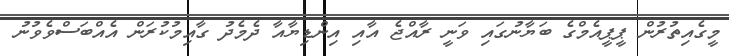
މީގެއިތުރުން ޕީޕީއެމްގެ ބަޔާނުގައި ވަނީ ރާއްޖެ އާއި އިންޑިޔާއާ ދެމެދު ގާއިމުކުރަން އެއްބަސްވެވުނު